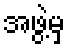
အဖွဲ့မှ